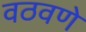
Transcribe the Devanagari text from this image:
वठवणे